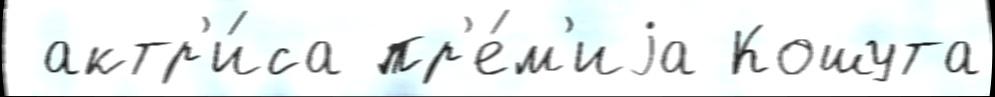
 актр'и́са пр'е́м'иjа Кошута